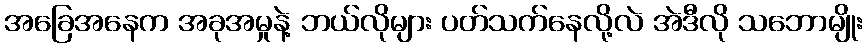
အခြေအနေက အခုအမှုနဲ့ ဘယ်လိုများ ပတ်သက်နေလို့လဲ အဲဒီလို သဘောမျိုး